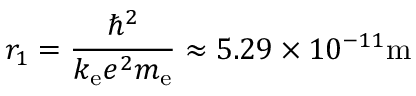
r _ { 1 } = { \frac { \hbar ^ { 2 } } { k _ { \mathrm { e } } e ^ { 2 } m _ { \mathrm { e } } } } \approx 5 . 2 9 \times 1 0 ^ { - 1 1 } \mathrm { m }